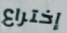
إختراع